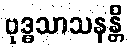
ဗုဒ္ဓသာသနန္တိ